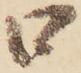
口